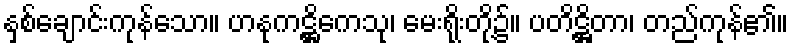
နှစ်ချောင်းကုန်သော။ ဟနုကဋ္ဌိကေသု၊ မေးရိုးတို့၌။ ပတိဋ္ဌိတာ၊ တည်ကုန်၏။